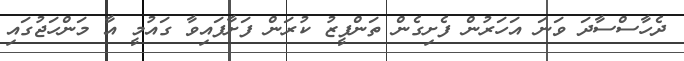
ދެހާސްސާދަ ވަނަ އަހަރުން ފެށިގެން ތަންފީޒު ކުރަން ފަށާފައިވާ ގައުމީ އާ މަންހަޖުގައި